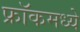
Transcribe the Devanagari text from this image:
फ्रॉकमध्ये